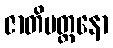
ဇာတိမတ္တနော